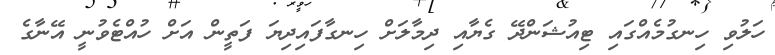
ހަލުވި ހިނގުމެއްގައި ޓިއުޝަންދޭ ގެޔާއި ދިމާލަށް ހިނގާފައިދިޔަ ފަތީން އަށް ހުއްޓެވުނީ އޭނާގެ